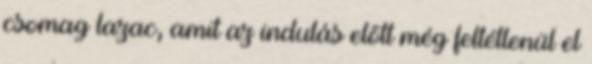
csomag lazac, amit az indulás előtt még feltétlenül el